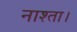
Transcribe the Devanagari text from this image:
नाश्ता।